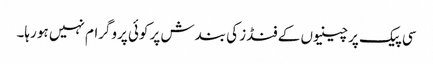
سی پیک پر چینیوں کے فنڈز کی بندش پر کوئی پروگرام نہیں ہو رہا۔